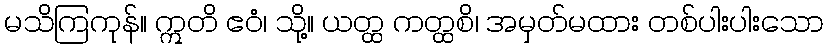
မသိကြကုန်။ ဣတိ ဧဝံ၊ သို့။ ယတ္ထ ကတ္ထစိ၊ အမှတ်မထား တစ်ပါးပါးသော